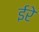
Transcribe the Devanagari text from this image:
ईरे